Report of the Indian Hemp Drugs Commission, 1894-1895 - Volume VI
Year: 1894
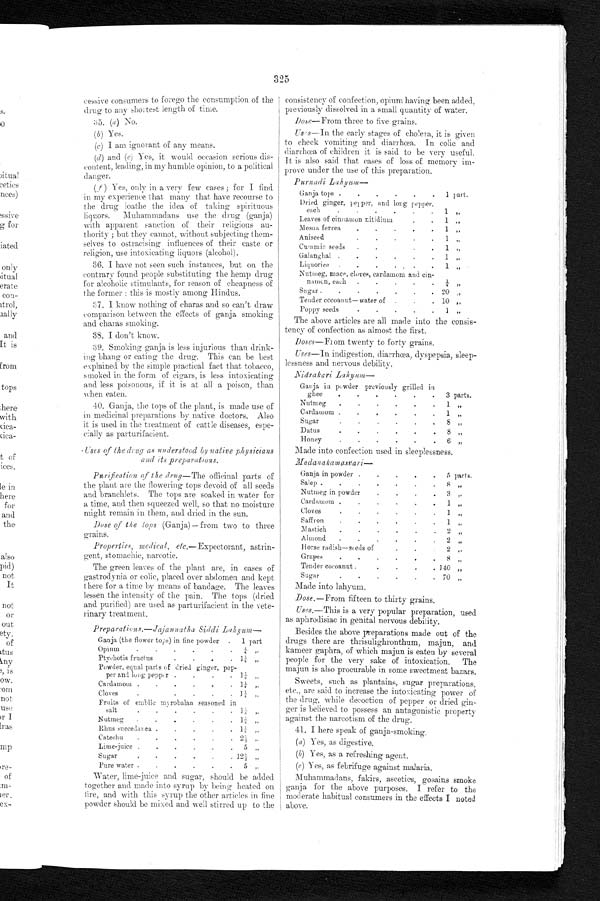
Purnadi Lahyum—
Ganja tops . . . . . .
Dried ginger, pepper, and long pepper,
1 part.
each•
.
.
.
.
.
1 „
Leaves of cinnamon nitidium
.
.
1 „
Mesua ferrea . • .
.
.
1 „
Aniseed
•
•
1
"
Cummin seeds
.
.
.
.
1 ,,
Galanghal . . . .
.
.
1 „
Liquorice
.
.
.
• . • •
Nutmeg, mace, cloves, cardamom and cin-
1
namon, each
.
.
.
.
•
¼
"
Sugar .
.
.
.
.
.
. 20 ,,
Tender cocoanut— water of .
.
. 10 „
Poppy seeds
1
The above articles are all made into the consis--
tency- of confection as almost the first.
Doses—From twenty to forty grains.
Uses—In indigestion, diarrhœa, dyspepsia, sleep-
lessness and nervous debility.
Nidrakari Lahyum—
Ganja in powder previously grilled in
ghee
.
.
.
.
.
.
3 parts.
Nutmeg
.
.
.
.
.
.
1 „
Cardamom .
.
.
.
.
.
1
„
Sugar
,
8 7/
Datus
.
.
.
.
.
.
8 „
Honey
.
.
.
•
.
.
6 „
Made into confection used in sleeplessness.
Madanakamasvari—
Ganja in powder .
.
.
.
.
5 parts.
Salep .
.
.
.
.
•
.
8 "
Nutmeg in powder
.
.
.
3 „
Cardamum .
.
.
.
.
1 "
Cloves
.
.
.
.
.
.
1 "
Saffron
.
.
.
.
.
.
1 „
Mastich
.
.
.
.
.
.
2 „
Almond
.
.
.
.
.
2 "
Horse radish—seeds of
2 „
Grapes
.
.
,
,
.
.
8 "
Tender cocoanut .
•
•
.
. 140 „
Sugar
•
.
•
•
.
.
70 „
Made into lahyum.
325
cessive consumers to forego the consumption of the
drug to any shortest length of time.
35. (a) No.
(b) Yes.
(c) I am ignorant of any means.
(d) and (e) Yes, it would occasion serious dis-
content, leading, in my humble opinion, to a political
dang e r .
(f) Yes, only in a very few cases ; for I find
in my experience that many that have recourse to
the drug loathe the idea of taking spirituous
liquors. Muhammadans use the drug (ganja)
with apparent sanction of their religious au-
thority ; but they cannot, without subjecting them-
selves to ostracising influences of their caste or
religion, use intoxicating liquors (alcohol).
36. I have not seen such instances, but on the
contrary found people substituting the hemp drug
for alcoholic stimulants, for reason of cheapness of
the former : this is mostly among Hindus.
37. I know nothing of charas and so can't draw
comparison between the effects of ganja smoking
and charas smoking.
38. I don't know.
39. Smoking ganja is less injurious than drink-
ing bhang or eating the drug. This can be best
explained by the simple practical fact that tobacco,
smoked in the form of cigars, is less intoxicating
and less poisonous, if it is at all a poison, than
when eaten.
40. Ganja, the tops of the plant, is made use of
in medicinal preparations by native doctors. Also
it is used in the treatment of cattle diseases, espe--
cially as parturifacient.
Uses of the drug as understood by native physicians
and its preparations.
Purification of the drug—The officinal parts of
the plant are the flowering tops devoid of all seeds
and branchlets. The tops are soaked in water for
a time, and then squeezed well, so that no moisture
might remain in them, and dried in the sun.
Dose of the tops (Ganja)— from two to three
grains.
Properties, Medical, etc.—Expectorant, astrin-
gent, stomachic, narcotic.
The green leaves of the plant are, in cases of
gastrodynia or colic, placed over abdomen and kept
there for a time by means of bandage. The leaves
lessen the intensity of the pain. The tops (dried
and purified) are used as part urifacient in the vete--
rinary treatment.
Preparations.—Jajannatha Siddi
L a h y
u m —
Ganja (the flower tops) in fine powder . 1 part
Opium
.
.
.
. . . ¼ ,,
Ptychotis fruct US
•
•
•
•
l¼ ,,
Powder, equal parts of dried ginger, pep-
per and long pepper .
.
.
.
1 ¼ „
Cardamom .
.
.
.
.
.
1 ¼ „
Cloves
.
.
.
.
.
1 ¼
"
Fruits of emblic myrobalan seasoned in
salt
•
•
•
•
•
•
1 ¼ ,,
Nutmeg
.
.
.
.
.
. 1¼ „
Rhus succedanca .
.
.
.
.
1 ¼ „
Catechu
.
.
.
.
.
. 2½
"
Lime-juice .
.
.
.
.
.
5 „
Sugar
•
.
.
.
.
. 12 ⅓ „
Pure water .
.
.
.
.
.
5 „
Water, lime-juice and sugar, should be added
together and made into syrup by being heated on
f i r e , a n d w i t h t h i s s y r u p t h e o t h e r a r t i c l e s i n f i n e
powder should be mixed and well stirred up to the
consistency of confection, opium having been added,
previously dissolved in a small quantity of water.
Dose—From three to five grains.
Uses—In the early stages of cholera, it is given
to check vomiting and diarrhœa. In colic and
diarrhœa of children it is said to be very useful.
It is also said that cases of loss of memory im-
prove under the use of this preparation.
Dose.—From fifteen to thirty grains.
Uses.—This is a very popular preparation, used
as aphrodisiac in genital nervous debility.
Besides the above preparations made out of the
drugs there are thrisulighronthum, majun, and
kameer gaphra, of which majun is eaten by several
people for the very sake of intoxication. The
majun is also procurable in some sweetmeat bazars.
Sweets, such as plantains, sugar preparations,
etc., are said to increase the intoxicating power of
the drug, while decoction of pepper or dried
g i n - g e r i s b e l i e v e d t o p o s s e s s a n a n t a g o n i s t i c p r o p e r t y
against the narcotism of the drug.
41. I here speak of ganja-smoking,
(a) Yes, as digestive.
(b) Yes, as a refreshing agent.
(c) Yes, as febrifuge against malaria.
Muhammadans, fakirs, ascetics, gosains smoke
ganja for the above purposes. I refer to the
moderate habitual consumers in the effects I noted
above.